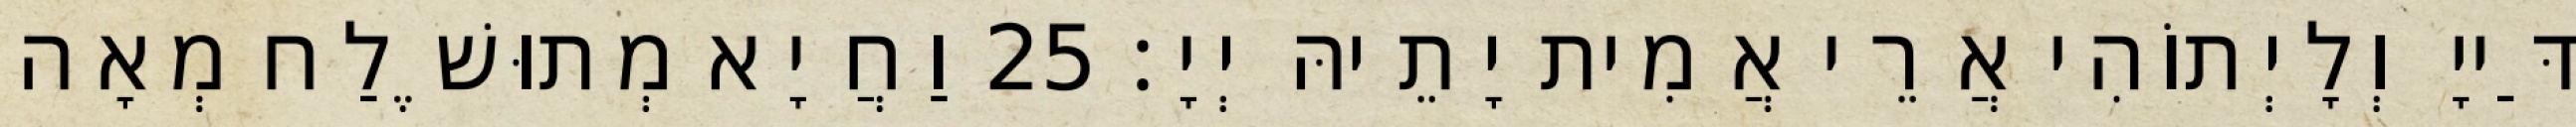
דַּייָ וְלָיְתוֹהִי אֲרֵי אֲמִית יָתֵיהּ יְיָ׃ 25 וַחֲיָא מְתוּשֶׁלַח מְאָה